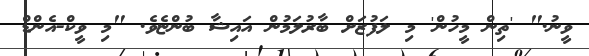
ވީނު." 'ތިން މީހުން' މި ލަފުޒަށް ބާރުލަމުން އައިޝާ ބުންޏެވެ. "މި ވީކް-އެންޑް